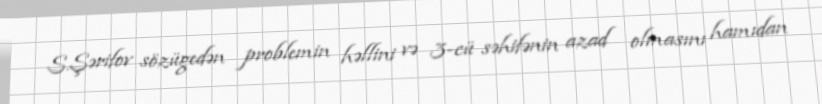
S.Şərifov sözügedən problemin həllini və 3-cü səhifənin azad olmasını hamıdan